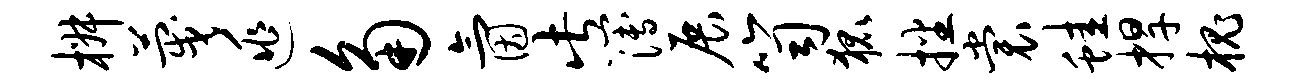
椒蔑逃角氤此簿展笥狐播裳蛙捍槐